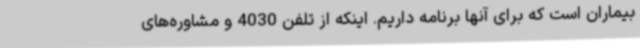
بیماران است که برای آنها برنامه داریم. اینکه از تلفن 4030 و مشاوره‌های